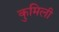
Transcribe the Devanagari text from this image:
कुमिली